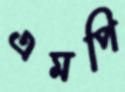
এমপি